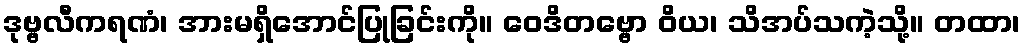
ဒုဗ္ဗလီကရဏံ၊ အားမရှိအောင်ပြုခြင်းကို။ ဝေဒိတဗ္ဗော ဝိယ၊ သိအပ်သကဲ့သို့။ တထာ၊